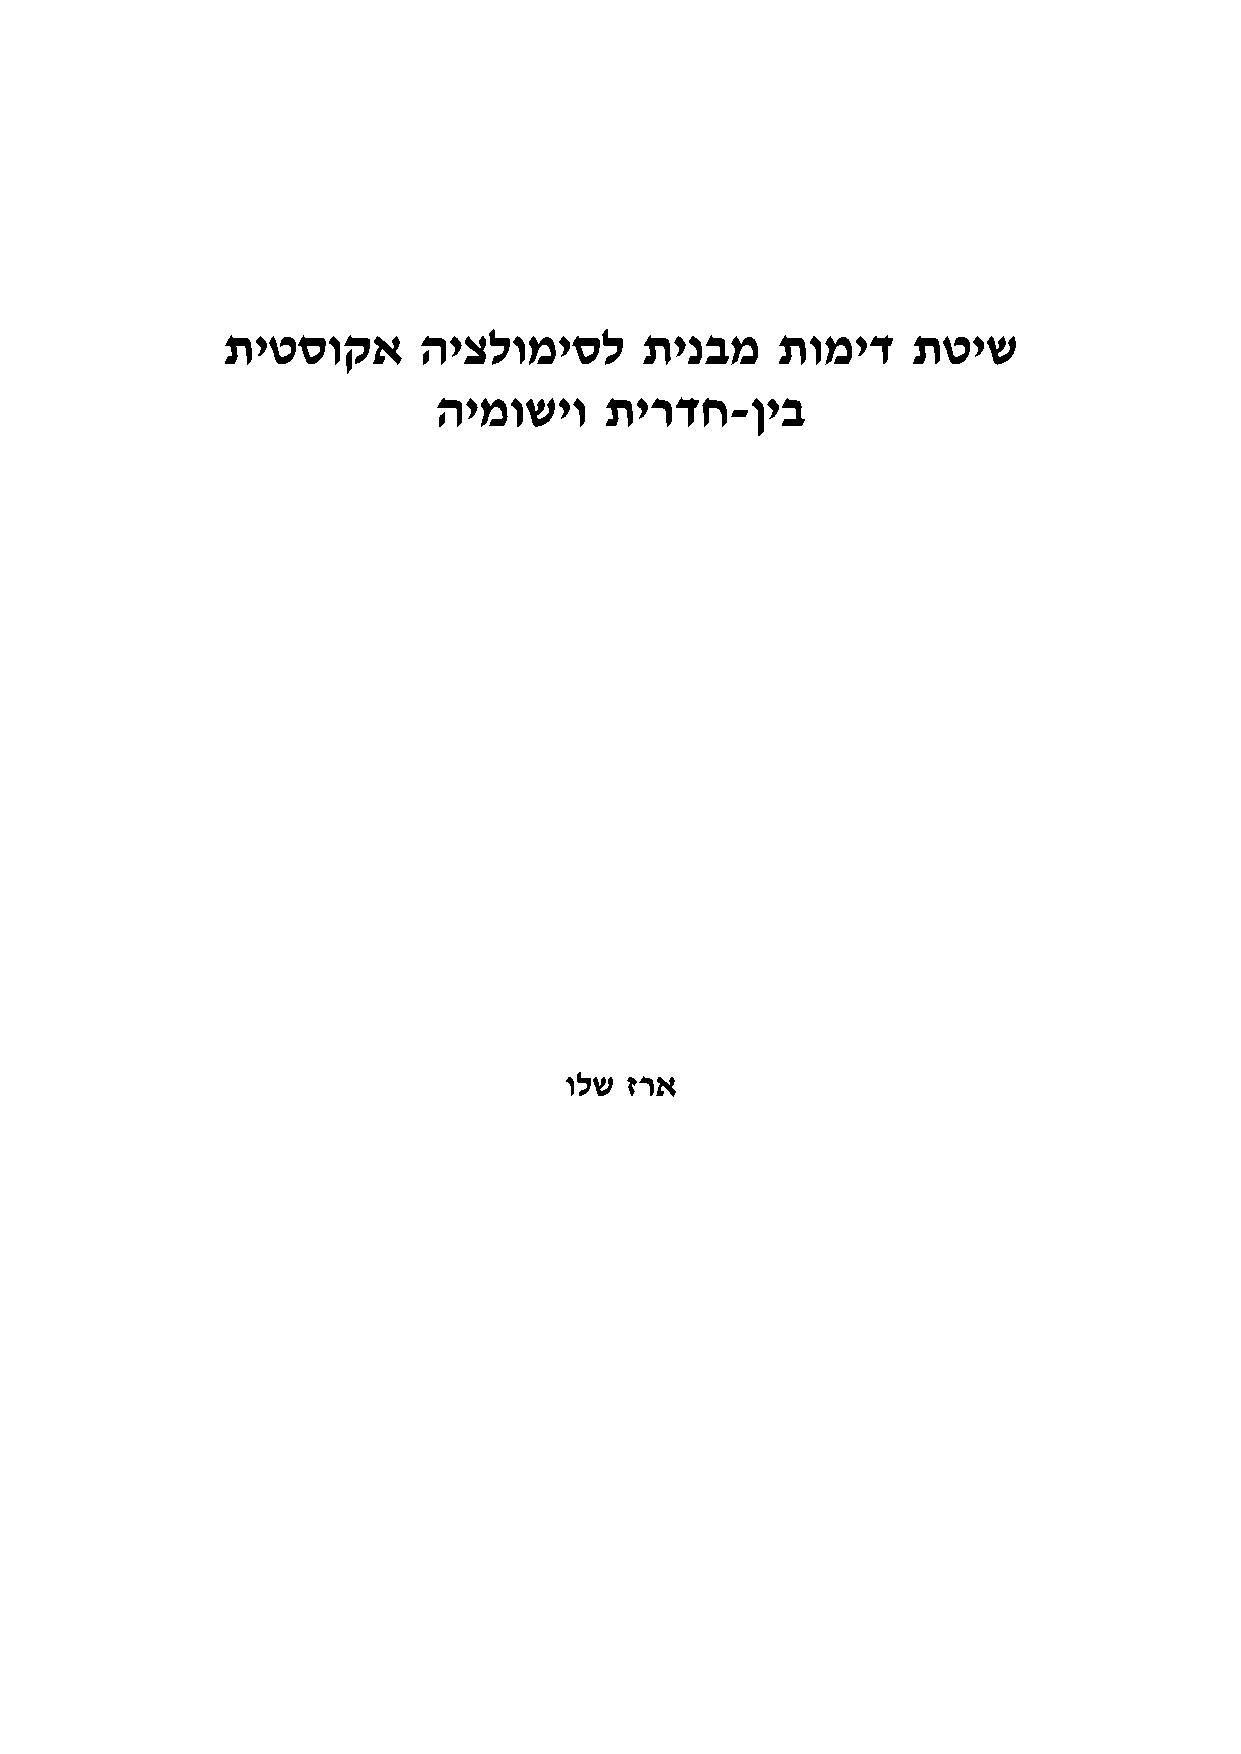
תיטסוקא      היצלומיסל     תינבמ    תומיד    תטיש
 הימושיו    תירדח-ןיב
 ולש זרא